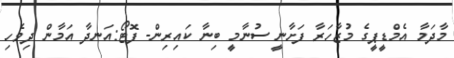
މާދަމާ އެމްޑީޕީގެ މުޒާހަރާ ފަށާނީ ސުނާމީ ބިނާ ކައިރިން- ފޮޓޯ:އަނދާ އަމާން ދިވެހި